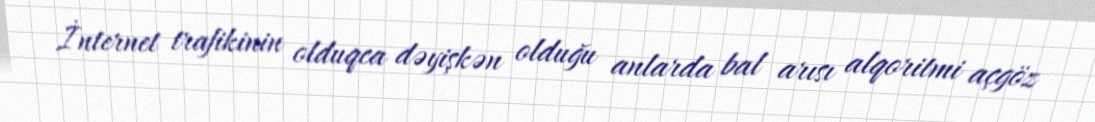
İnternet trafikinin olduqca dəyişkən olduğu anlarda bal arısı alqoritmi açgöz